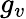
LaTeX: g_{v}